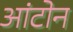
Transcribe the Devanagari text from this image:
आंटोन